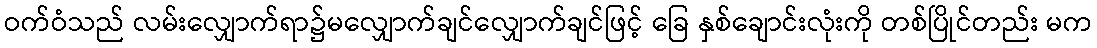
ဝက်ဝံသည် လမ်းလျှောက်ရာ၌မလျှောက်ချင်လျှောက်ချင်ဖြင့် ခြေ နှစ်ချောင်းလုံးကို တစ်ပြိုင်တည်း မက